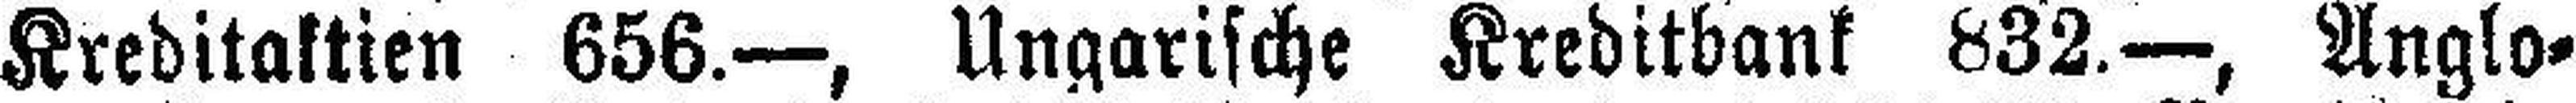
Kreditaktien 656.—, Ungarische Kreditbank 832.—, Anglo¬